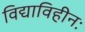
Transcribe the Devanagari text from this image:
विद्याविहीनः